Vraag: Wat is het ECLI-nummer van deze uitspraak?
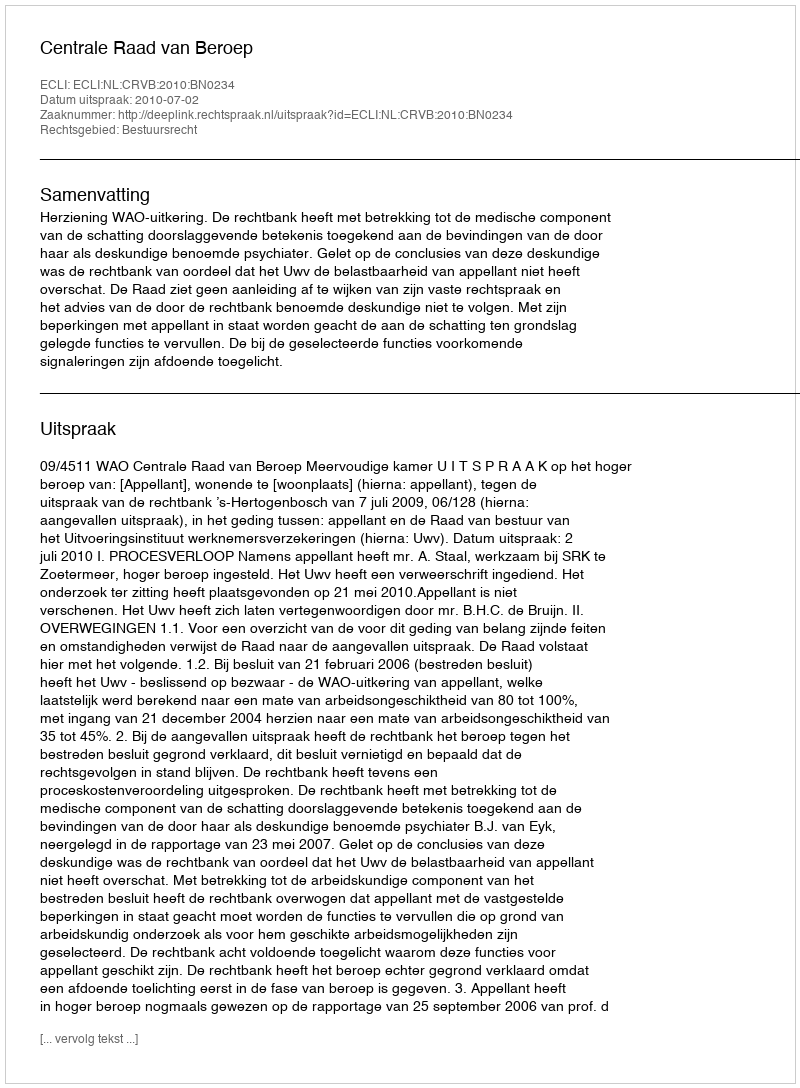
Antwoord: ECLI:NL:CRVB:2010:BN0234